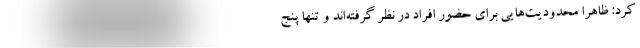
کرد: ظاهراً محدودیت‌هایی برای حضور افراد در نظر گرفته‌اند و تنها پنج